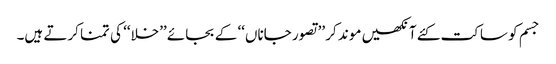
جسم کو ساکت کئے آنکھیں موند کر ’’تصور جاناں‘‘ کے بجائے ’’خلا‘‘ کی تمنا کرتے ہیں۔